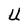
Character: U